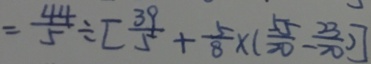
= \frac { 4 4 } { 5 } \div [ \frac { 3 9 } { 5 } + \frac { 5 } { 8 } \times ( \frac { 5 5 } { 2 0 } - \frac { 2 3 } { 2 0 } ) ]